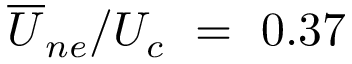
{ \overline { { U } } } _ { n e } / U _ { c } ~ = ~ 0 . 3 7